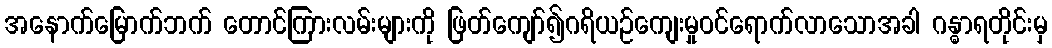
အနောက်မြောက်ဘက် တောင်ကြားလမ်းများကို ဖြတ်ကျော်၍ဂရိယဉ်ကျေးမှုဝင်ရောက်လာသောအခါ ဂန္ဓာရတိုင်းမှ